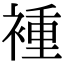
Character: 褈